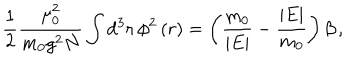
\frac { 1 } { 2 } \frac { \mu _ { 0 } ^ { 2 } } { m _ { 0 } g ^ { 2 } N } \int \mathrm { d } ^ { 3 } { \bf r } \, \phi ^ { 2 } \left( r \right) = \left( \frac { m _ { 0 } } { \vert E \vert } - \frac { \vert E \vert } { m _ { 0 } } \right) \beta \, ,